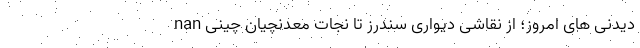
دیدنی های امروز؛ از نقاشی دیواری سندرز تا نجات معدنچیان چینی nan